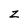
Character: Z